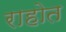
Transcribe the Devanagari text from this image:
राहोत